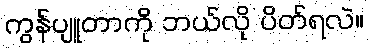
ကွန်ပျူတာကို ဘယ်လို ပိတ်ရလဲ။